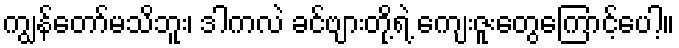
ကျွန်တော်မသိဘူး၊ ဒါကလဲ ခင်ဗျားတို့ရဲ့ ကျေးဇူးတွေကြောင့်ပေါ့။